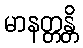
မာနတ္တန္တိ